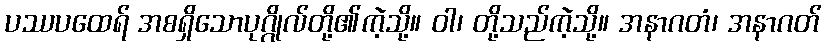
ပဿပထေရ် အစရှိသောပုဂ္ဂိုလ်တို့၏ကဲ့သို့။ ဝါ၊ တို့သည်ကဲ့သို့။ အနာဂတံ၊ အနာဂတ်